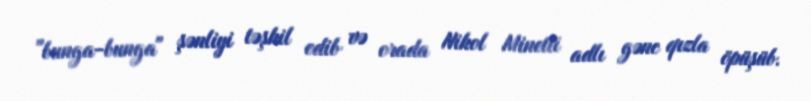
"bunga-bunga" şənliyi təşkil edib və orada Nikol Minetti adlı gənc qızla öpüşüb.